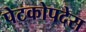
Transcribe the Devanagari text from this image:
पेटकोपदेस